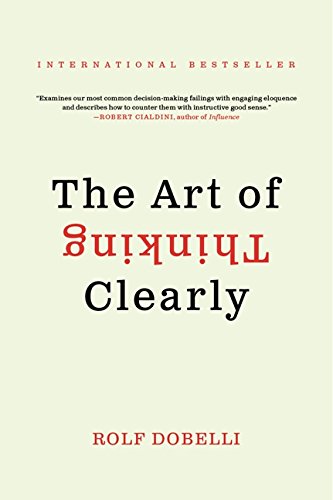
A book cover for The Art of Thinking Clearly; Rolf Dobelli; Medical Books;